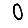
Digit: 0